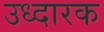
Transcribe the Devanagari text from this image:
उध्दारक